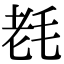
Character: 𣭢